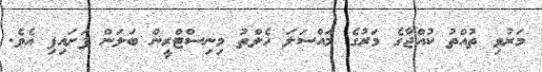
މަރުވި ތުއްތު ކުއްޖާގެ މަރުގެ މައްސަލަ ހެލްތު މިނިސްޓްރީން ބަލަން ފަށައިފި އެވެ.